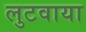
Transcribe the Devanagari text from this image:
लुटवाया